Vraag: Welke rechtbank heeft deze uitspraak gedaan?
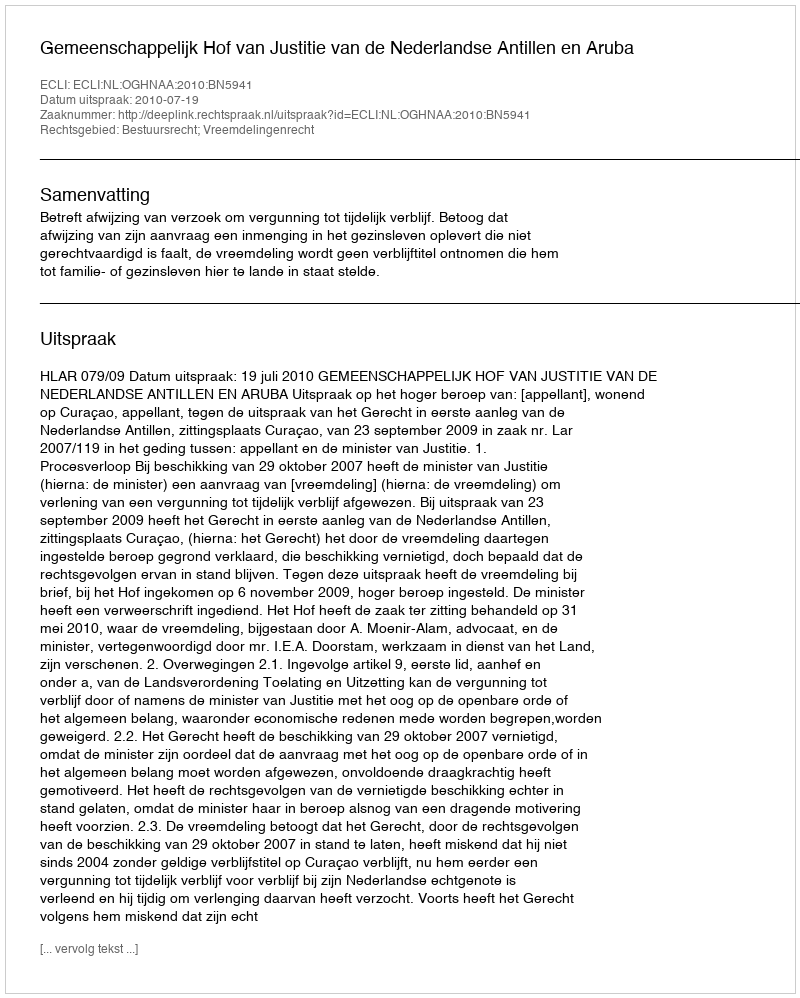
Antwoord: Gemeenschappelijk Hof van Justitie van de Nederlandse Antillen en Aruba